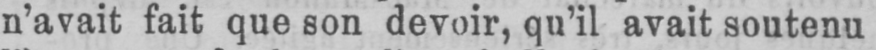
n’avait fait que son devoir, qu’il avait soutenu